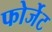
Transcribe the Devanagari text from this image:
फोर्जेट